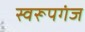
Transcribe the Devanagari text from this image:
स्वरूपगंज